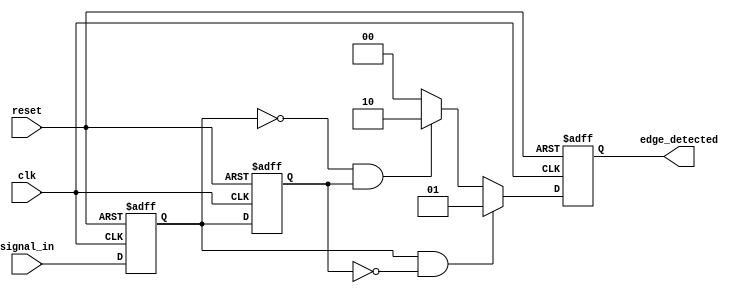
module differential_edge_detector (
    input wire clk,               // Clock input
    input wire reset,             // Asynchronous reset
    input wire signal_in,         // Input signal to detect edges
    output reg [1:0] edge_detected // Output signal: 00 = no edge, 01 = rising edge, 10 = falling edge
);

// State registers
reg previous_state;             // Register to hold the previous state of the input signal
reg current_state;              // Register to hold the current state of the input signal

// Edge detection logic
always @(posedge clk or posedge reset) begin
    if (reset) begin
        // Reset the states and output
        previous_state <= 1'b0;
        current_state <= 1'b0;
        edge_detected <= 2'b00; // No edge detected
    end else begin
        // Sample the current state
        current_state <= signal_in;

        // Edge detection logic
        if (current_state && !previous_state) begin
            // Rising edge detected
            edge_detected <= 2'b01; // Output 01 for rising edge
        end else if (!current_state && previous_state) begin
            // Falling edge detected
            edge_detected <= 2'b10; // Output 10 for falling edge
        end else begin
            // No edge detected
            edge_detected <= 2'b00; // Output 00 for no edge
        end

        // Update previous state for the next clock cycle
        previous_state <= current_state;
    end
end

endmodule